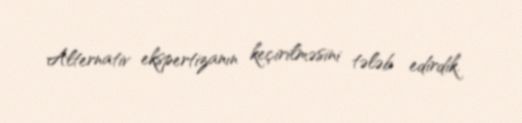
Alternativ ekspertizanın keçirilməsini tələb edirdik.